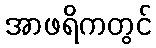
အာဖရိကတွင်